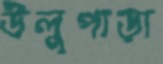
উলুপাড়া